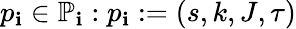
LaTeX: p_{\mathbf{i}}\in\mathbb{{P}}_{\mathbf{i}}:p_{\mathbf{i}}:=(s,k,J,\tau)